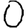
Digit: 0